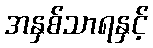
အနှစ်သာရနှင့်